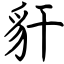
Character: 豻